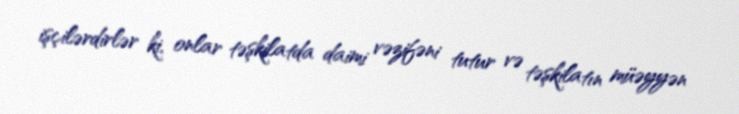
işçilərdirlər ki, onlar təşkilatda daimi vəzifəni tutur və təşkilatın müəyyən